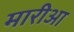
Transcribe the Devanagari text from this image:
मारीआ